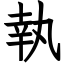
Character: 執